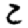
Digit: 2